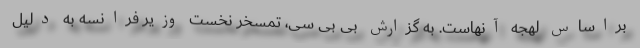
براساس لهجه آنهاست. به گزارش بی بی سی، تمسخر نخست وزیر فرانسه به دلیل